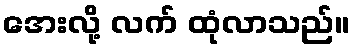
အေးလို့ လက် ထုံလာသည်။